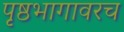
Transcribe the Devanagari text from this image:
पृष्ठभागावरच